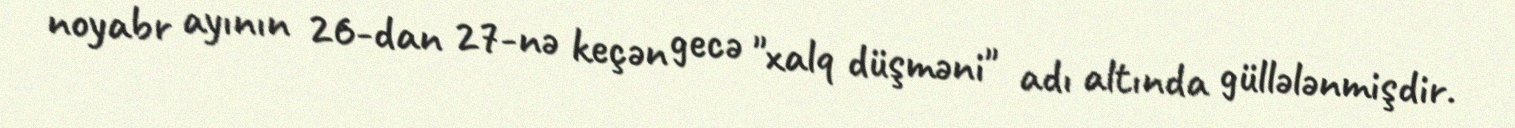
noyabr ayının 26-dan 27-nə keçən gecə "xalq düşməni" adı altında güllələnmişdir.